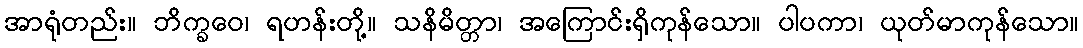
အာရုံတည်း။ ဘိက္ခဝေ၊ ရဟန်းတို့။ သနိမိတ္တာ၊ အကြောင်းရှိကုန်သော။ ပါပကာ၊ ယုတ်မာကုန်သော။